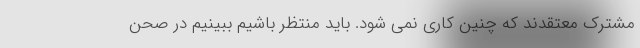
مشترک معتقدند که چنین کاری نمی شود. باید منتظر باشیم ببینیم در صحن